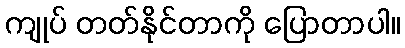
ကျုပ် တတ်နိုင်တာကို ပြောတာပါ။